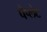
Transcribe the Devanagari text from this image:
पैप्लेट